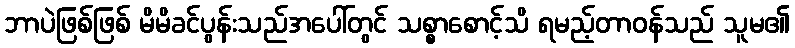
ဘာပဲဖြစ်ဖြစ် မိမိခင်ပွန်းသည်အပေါ်တွင် သစ္စာစောင့်သိ ရမည့်တာဝန်သည် သူမ၏